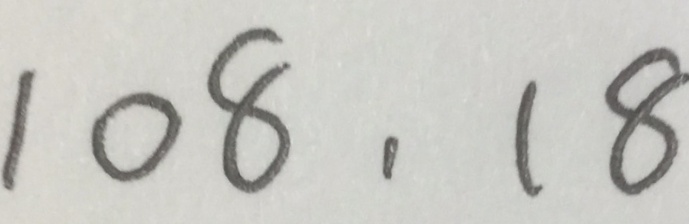
1 0 8 , 1 8